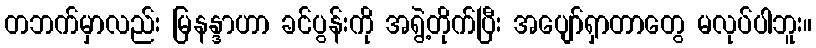
တဘက်မှာလည်း မြနန္ဒာဟာ ခင်ပွန်းကို အရွဲ့တိုက်ပြီး အပျော်ရှာတာတွေ မလုပ်ပါဘူး။